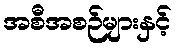
အစီအစဉ်များနှင့်